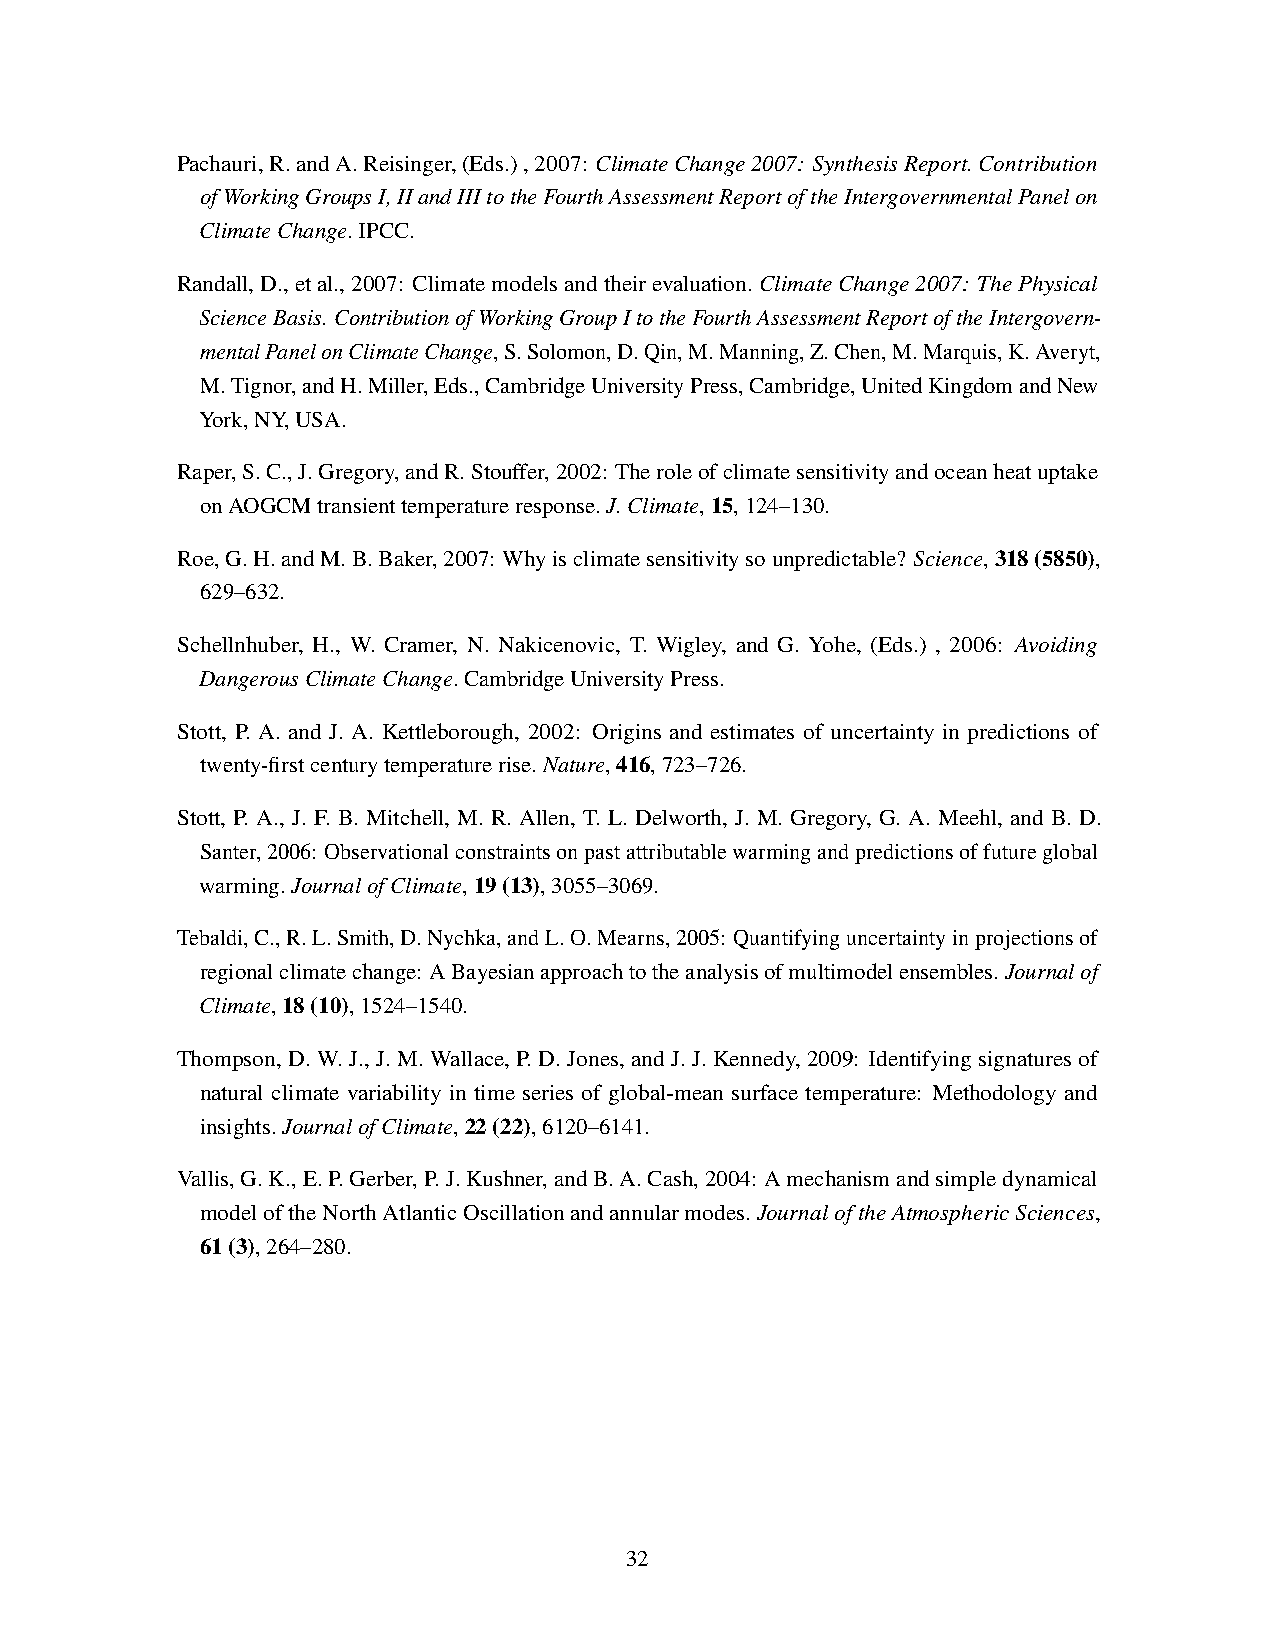
Pachauri,R.andA.Reisinger,(Eds.),2007: ClimateChange2007: SynthesisReport.Contribution
 ofWorkingGroupsI,IIandIIItotheFourthAssessmentReportoftheIntergovernmentalPanelon
 ClimateChange.IPCC.
 Randall,D.,etal.,2007: Climatemodelsandtheirevaluation.ClimateChange2007: ThePhysical
 ScienceBasis.ContributionofWorkingGroupItotheFourthAssessmentReportoftheIntergovern-
 mentalPanelonClimateChange,S.Solomon,D.Qin,M.Manning,Z.Chen,M.Marquis,K.Averyt,
 M.Tignor,andH.Miller,Eds.,CambridgeUniversityPress,Cambridge,UnitedKingdomandNew
 York,NY,USA.
 Raper,S.C.,J.Gregory,andR.Stouffer,2002: Theroleofclimatesensitivityandoceanheatuptake
 onAOGCMtransienttemperatureresponse.J.Climate,15,124–130.
 Roe,G.H.andM.B.Baker,2007: Whyisclimatesensitivitysounpredictable? Science,318(5850),
 629–632.
 Schellnhuber, H., W. Cramer, N. Nakicenovic, T. Wigley, and G. Yohe, (Eds.) , 2006: Avoiding
 DangerousClimateChange.CambridgeUniversityPress.
 Stott, P. A. and J. A. Kettleborough, 2002: Origins and estimates of uncertainty in predictions of
 twenty-firstcenturytemperaturerise.Nature,416,723–726.
 Stott, P. A., J. F. B. Mitchell, M. R. Allen, T. L. Delworth, J. M. Gregory, G. A. Meehl, and B. D.
 Santer,2006: Observationalconstraintsonpastattributablewarmingandpredictionsoffutureglobal
 warming.JournalofClimate,19(13),3055–3069.
 Tebaldi,C.,R.L.Smith,D.Nychka,andL.O.Mearns,2005: Quantifyinguncertaintyinprojectionsof
 regionalclimatechange: ABayesianapproachtotheanalysisofmultimodelensembles.Journalof
 Climate,18(10),1524–1540.
 Thompson, D. W. J., J. M. Wallace, P. D. Jones, and J. J. Kennedy, 2009: Identifying signatures of
 natural climate variability in time series of global-mean surface temperature: Methodology and
 insights.JournalofClimate,22(22),6120–6141.
 Vallis,G.K.,E.P.Gerber,P.J.Kushner,andB.A.Cash,2004: Amechanismandsimpledynamical
 modeloftheNorthAtlanticOscillationandannularmodes.JournaloftheAtmosphericSciences,
 61(3),264–280.
 32